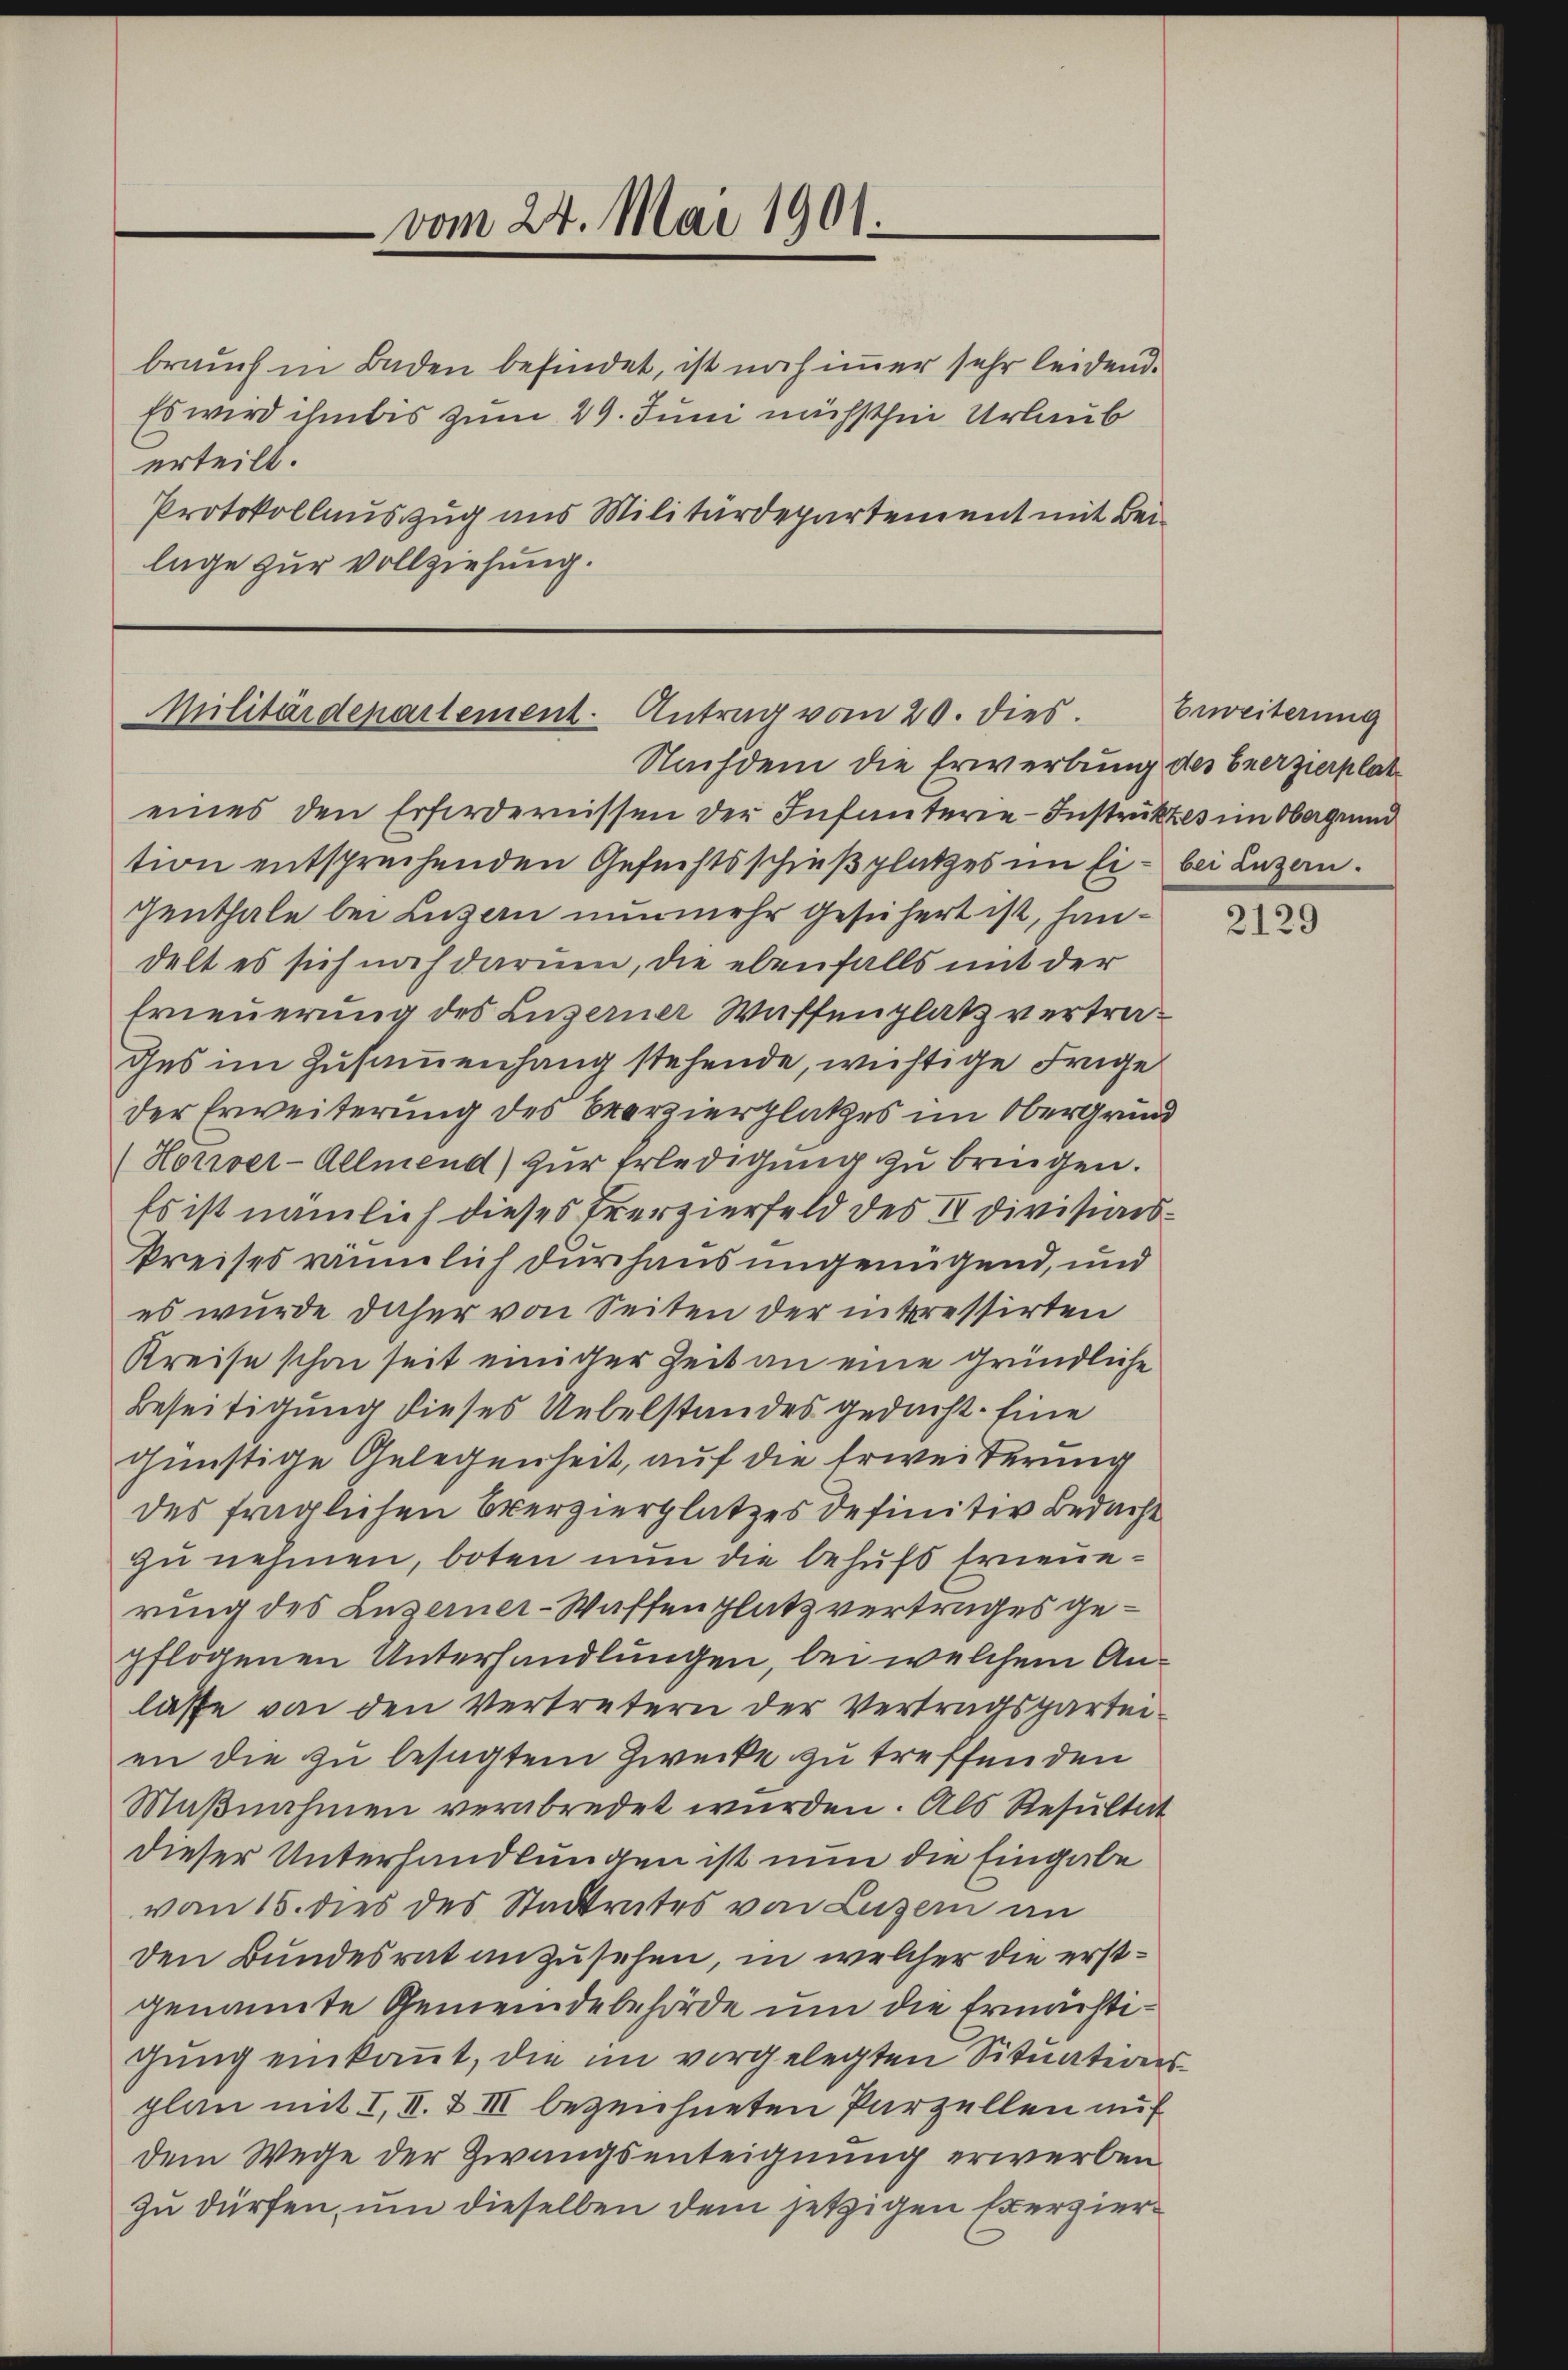
vom 24. Mai 1901.

brauch in Baden befindet, ist noch immer sehr leidend.
Es wird ihm bis zum 29. Juni nächsthin Urlaub
erteilt.
Protokollauszug aus Militärdepartement mit Beilage zur Vollziehung.

Militärdepartement. Antrag vom 20. dies.
Nachdem die Erwerbung des Ererzierplat

Erweiterung

eines den Erfordernissen der Infanterie-Instruktes im Obergrund
tion entsprechenden Gesuchtsschießplatzes im Ei- bei Luzern.
genthale bei Luzern nunmehr gesichert ist, handelt es sich noch darum, die ebenfalls mit der
Erneuerung des Luzerner Waffenplatz vertrades im Zusammenhang stehende, wichtige Frage
der Erweiterung des Brerzierplatzes im Obergrund
(Horiver-Allmend) zur Erledigung zu bringen.
Es ist nämlich dieses Trerzierfeld des IV Divisions¬
Preises räumlich durchaus ungenügend, und
es wurde daher von Seiten der interessirten
Kreise schon seit einiger Zeit an eine gründliche
Beseitigung dieses Uebelstandes gedacht. Eine
günstige Gelegenheit, auf die Erweiterung
des fraglichen Ererzierplatzes definitiv Bedacht
zu nehmen, boten nun die behufs Erneuerung des Luzerner-Waffenplatz vertrages gepflogenen Unterhandlungen, bei welchem Anlasse von den Vertretern der Vertragspartei-
en die zu besagtem Zwecke zu treffenden
Maβnahmen verabredet wurden. Als Resultat
dieser Unterhandlungen ist nun die Eingabe
vom 15. dies des Stadtrates von Luzern in
den Bundesrat anzusehen, in welcher die erstgenannte Gemeindebehörde um die Ermächtigung einkant, die im vorgelegten Situationsplan mit I. II. & III bezeichneten Parzellen auf
dem Wege der Zwangsenteignung erwerben
zu dürfen, um dieselben dem jetzigen Exerzier¬

2129